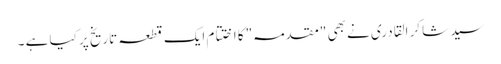
سید شاکر القادری نے بھی "مقدمہ" کا اختتام ایک قطعہ تاریخ پر کیا ہے ۔